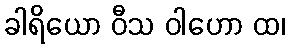
ခါရိယော ဝီသ ဝါဟော ထ၊